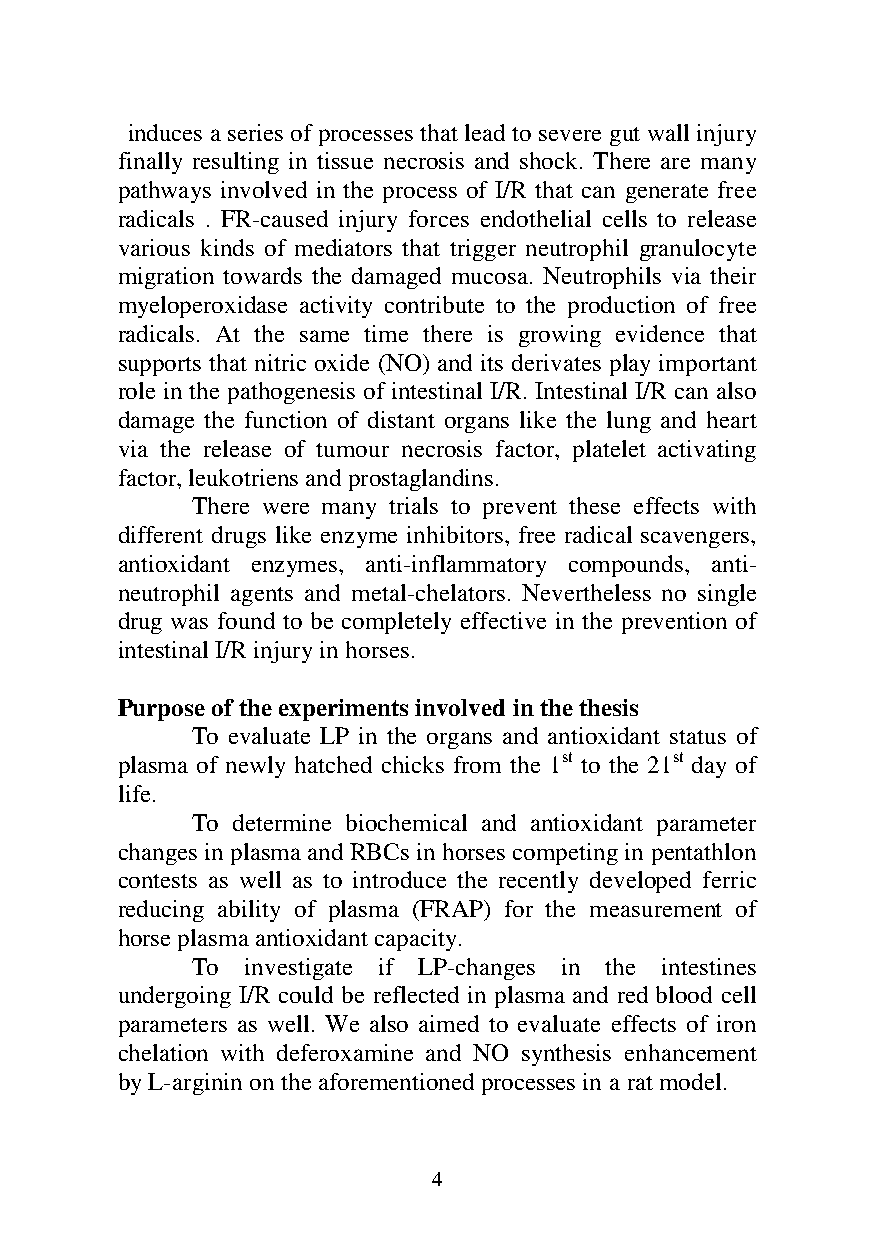
induces a series of processes that lead to severe gut wall injury
 finally resulting in tissue necrosis and shock. There are many
 pathways involved in the process of I/R that can generate free
 radicals . FR-caused injury forces endothelial cells to release
 various kinds of mediators that trigger neutrophil granulocyte
 migration towards the damaged mucosa. Neutrophils via their
 myeloperoxidase activity contribute to the production of free
 radicals. At the same time there is growing evidence that
 supports that nitric oxide (NO) and its derivates play important
 role in the pathogenesis of intestinal I/R. Intestinal I/R can also
 damage the function of distant organs like the lung and heart
 via the release of tumour necrosis factor, platelet activating
 factor, leukotriens and prostaglandins.
 There were many trials to prevent these effects with
 different drugs like enzyme inhibitors, free radical scavengers,
 antioxidant enzymes, anti-inflammatory compounds, anti-
 neutrophil agents and metal-chelators. Nevertheless no single
 drug was found to be completely effective in the prevention of
 intestinal I/R injury in horses.
 Purpose of the experiments involved in the thesis
 To evaluate LP in the organs and antioxidant status of
 plasma of newly hatched chicks from the 1st to the 21st day of
 life.
 To determine biochemical and antioxidant parameter
 changes in plasma and RBCs in horses competing in pentathlon
 contests as well as to introduce the recently developed ferric
 reducing ability of plasma (FRAP) for the measurement of
 horse plasma antioxidant capacity.
 To investigate if LP-changes in the intestines
 undergoing I/R could be reflected in plasma and red blood cell
 parameters as well. We also aimed to evaluate effects of iron
 chelation with deferoxamine and NO synthesis enhancement
 by L-arginin on the aforementioned processes in a rat model.
 4